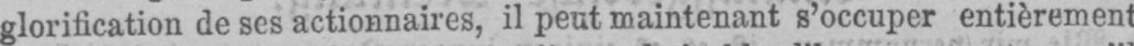
glorification de ses actionnaires, il peut maintenant s’occuper entièrement